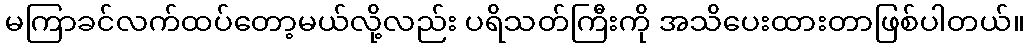
မကြာခင်လက်ထပ်တော့မယ်လို့လည်း ပရိသတ်ကြီးကို အသိပေးထားတာဖြစ်ပါတယ်။